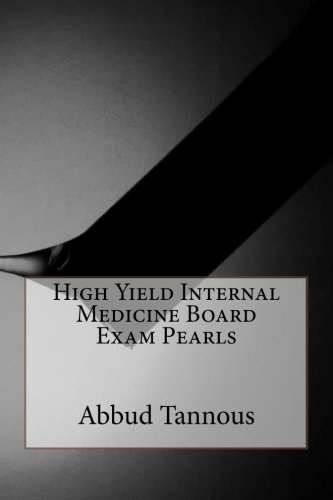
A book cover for High Yield Internal Medicine Board Exam Pearls; Abbud M Tannous; Test Preparation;